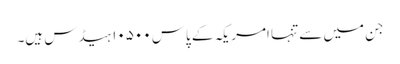
جن میں سے تنہا امریکہ کے پاس ۱۰۵۰۰ ہیڈس ہیں۔